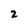
Character: 2